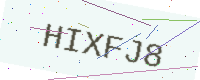
Text: HIXFJ8